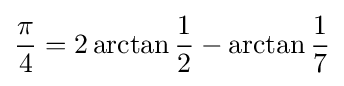
{\frac {\pi }{4}}=2\arctan {\frac {1}{2}}-\arctan {\frac {1}{7}}